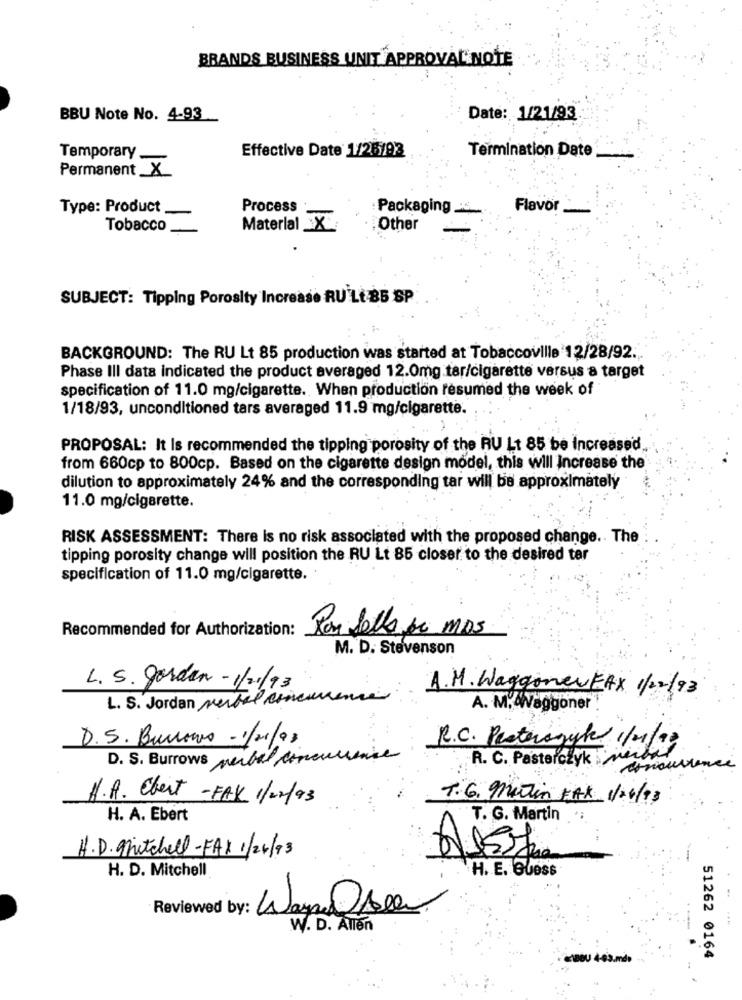
BRANDS BUSINESS UNIT APPROVAL NOTE
BBU Note No. 4-93
Date: 1/21/93
Temporary
Effective Date 1/28/93
Termination Date
Permanent ×
Type: Product
Process
Packaging __
Flavor
Tobacco
Material _X
Other
SUBJECT: Tipping Porosity Increase RU Lt 85 SP
BACKGROUND: The RU Lt 85 production was started at Tobaccoville 12/28/92.
Phase III data indicated the product averaged 12.0mg.tar/cigarette versus a target
specification of 11.0 mg/cigarette. When production resumed the week of
1/18/93, unconditioned tars averaged 11.9 mg/cigarette.
PROPOSAL: It Is recommended the tipping porosity of the RU Lt 85 be Increased.
from 660cp to 800cp. Based on the cigarette design model, this will Increase the
dilution to approximately 24% and the corresponding tar will be approximately
11.0 mg/cigarette.
RISK ASSESSMENT: There is no risk associated with the proposed change .. The
tipping porosity change will position the RU Lt 85 closer to the desired tar
specification of 11.0 mg/cigarette.
Recommended for Authorization:
Ron Sells pri MAS
M. D. Stevenson
L. S. Jorden-1/21/93
A. M. Waggoner FAX 1/22/93
L. S. Jordan verbal concurrence
A. M. 4Waggoner.
D.S. Burrows -1/01/93
R.C. Pasterogyl 1/01/93
D. S. Burrows nebel concurrence
R. C. Pasterczyk mita
H.A. Ebert -FAX 1/22/93
T.G. Matin FAX 1/04/13
H. A. Ebert
T. G. Martin
H.D.Mitchell-FAX 1/24/93
6
H. D. Mitchell
H. E. Guess
Reviewed by:
WayneDsel
W. D. Allen
ABOU 4-43.md
51262 0164